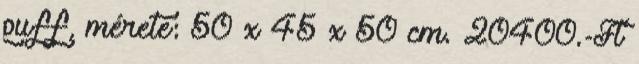
puff, mérete: 50 x 45 x 50 cm. 20400.-Ft